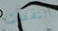
التقطت